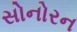
સોનોરન